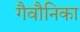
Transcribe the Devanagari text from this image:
गैवौनिका